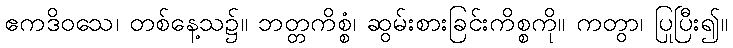
ဧကဒိဝသေ၊ တစ်နေ့သ၌။ ဘတ္တကိစ္စံ၊ ဆွမ်းစားခြင်းကိစ္စကို။ ကတွာ၊ ပြုပြီး၍။